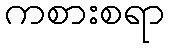
ကစားစရာ